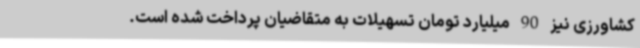
کشاورزی نیز 90 میلیارد تومان تسهیلات به متقاضیان پرداخت شده است.